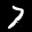
Label: 7